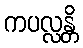
ကပလ္လန္တိ